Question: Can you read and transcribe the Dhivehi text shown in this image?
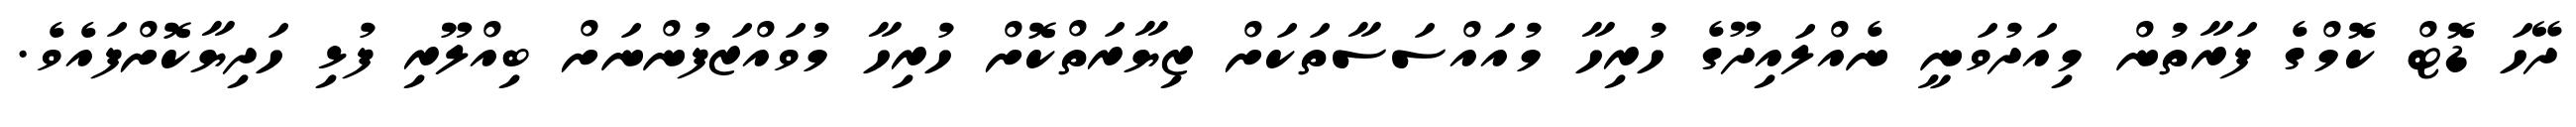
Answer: ދޭހަ ޑޮޓް ކޮމްގެ ފަރާތުން މިއަދުވަނީ ނެއްލައިދޫގެ ހުރިހާ މުއައްސަސާތަކަށް ޒިޔާރަތްކޮށް ހުރިހާ މުވައްޒަފުންނަށް ބިއްލޫރި ފުޅި ހަދިޔާކޮށްފައެވެ.